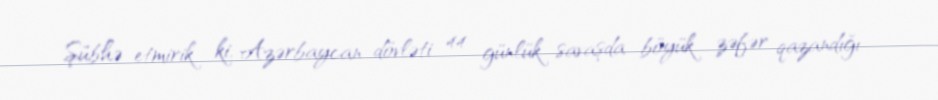
Şübhə etmirik ki, Azərbaycan dövləti 44 günlük savaşda böyük zəfər qazandığı